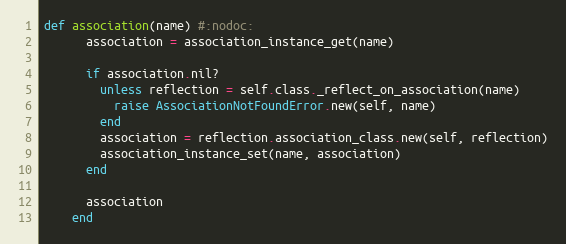
Language: Ruby
def association(name) #:nodoc:
      association = association_instance_get(name)

      if association.nil?
        unless reflection = self.class._reflect_on_association(name)
          raise AssociationNotFoundError.new(self, name)
        end
        association = reflection.association_class.new(self, reflection)
        association_instance_set(name, association)
      end

      association
    end